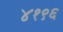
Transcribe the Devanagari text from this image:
४१९६